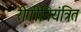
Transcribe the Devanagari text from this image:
रोगीनियंत्रित